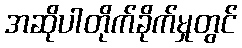
အဆိုပါတိုက်ခိုက်မှုတွင်